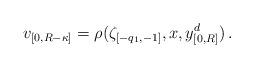
LaTeX: \begin{align*}v_{[0,R-\kappa]}=\rho(\zeta_{[-q_{1},-1]},x,y_{[0,R]}^{d})\,.\end{align*}